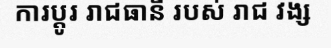
ការប្តូរ រាជធានី របស់ រាជ វង្ស